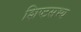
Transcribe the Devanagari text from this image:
शिष्टसभ्य